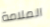
الملامة